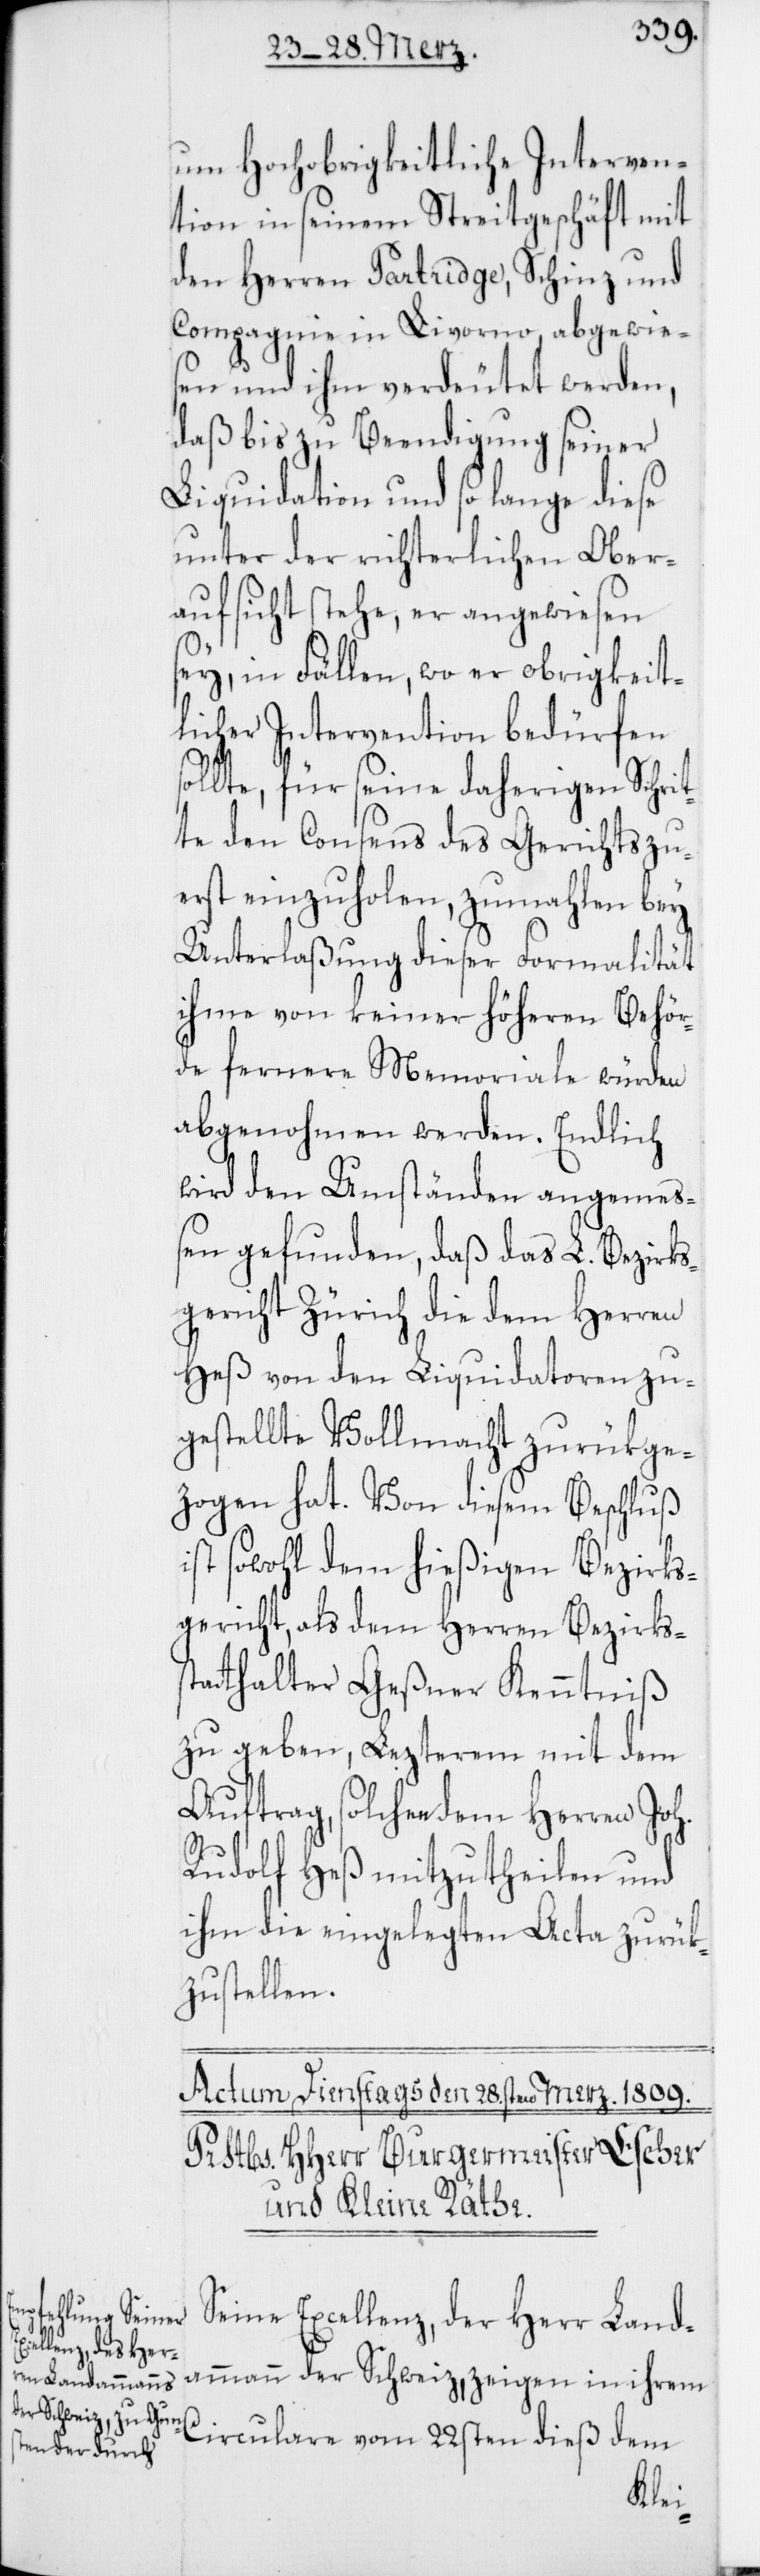
um Hochobrigkeitliche Interven¬
tion in seinem Streitgeschäft mit
den Herren Partridge, Schinz und
Compagnie in Livorno, abgewies¬
en und ihm verdeutet werden,
daß bis zu Beendigung seiner
Liquidaton und so lange diese
unter der richterlichen Ober¬
aufsicht stehe, er angewiesen
sey, in Fällen, wo er obrigkeit¬
licher Intervention bedürfen s¬
ollte, für seine daherige Schri¬
tte den Consens des Gerichts zu¬
erst einzuholen, zumahlen bey
Unterlaßung dieser Formalität
ihme von keiner höheren Behör¬
de fernere Memoriale würden
abgenohmen werden. Endlich
wird den Umständen angemeß¬
en gefunden, daß das L. Bezirks¬
gericht Zürich die dem Herren
Heß von den Liquidatoren zu¬
gestellte Vollmacht zurükge¬
zogen hat. Von diesem Beschluß
ist sowohl dem hießigen Bezirks¬
gericht, als dem Herren Bezirkss¬
tatthalter Geßner Kenntniß
zu geben, Lezterem mit dem
Auftrag, solchen dem Herren Joh.
Rudolf Heß mitzutheilen und
ihm die eingelegten Acta zurük¬
zustellen.
Seine Excellenz, der Herr Land¬
ammann der Schweiz, zeigen in ihrem
Circulare vom 22sten dieß dem